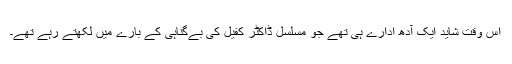
اس وقت شاید ایک آدھ ادارے ہی تھے جو مسلسل ڈاکٹر کفیل کی بےگناہی کے بارے میں لکھتے رہے تھے۔